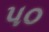
પ૦